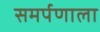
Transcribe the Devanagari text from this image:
समर्पणाला